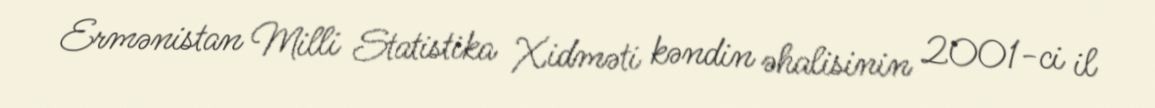
Ermənistan Milli Statistika Xidməti kəndin əhalisinin 2001-ci il